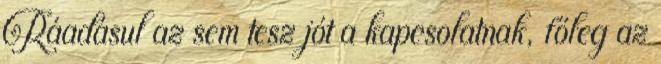
Ráadásul az sem tesz jót a kapcsolatnak, főleg az